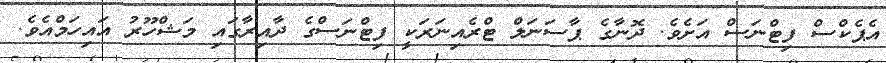
އެޕެކްސް ފިޓްނަސް އަށެވެ. ދޮނާގެ ޕާސަނަލް ޓްރެއިނަރަކީ ފިޓްނަސްގެ ދާއިރާގައި މަޝްހޫރު އައިހަމްއެވެ.